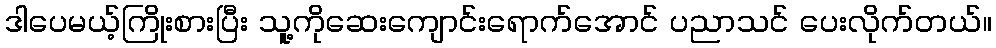
ဒါပေမယ့်ကြိုးစားပြီး သူ့ကိုဆေးကျောင်းရောက်အောင် ပညာသင် ပေးလိုက်တယ်။